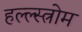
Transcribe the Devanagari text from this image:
हल्ल्स्त्रोम